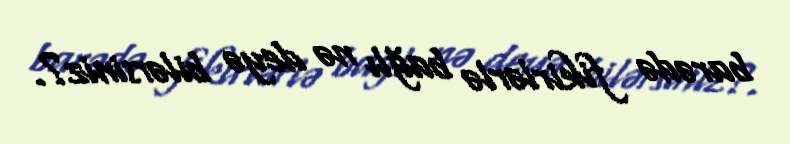
barədə fikirlərlə bağlı nə deyə bilərsiniz?.